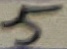
Text: 5